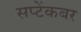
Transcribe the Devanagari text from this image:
सप्टेंकबर